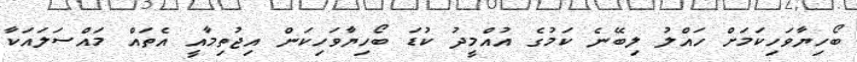
ބޯހިޔާވަހިކަމަށް ހައްލު ލިބޭނެ ކަމުގެ އުއްމީދު ކުޑަ ބޯހިޔާވަހިކަން އިޖުތިމާއީ އެތައް މައްސަލައަކާ